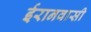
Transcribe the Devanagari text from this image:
ईरानवासी